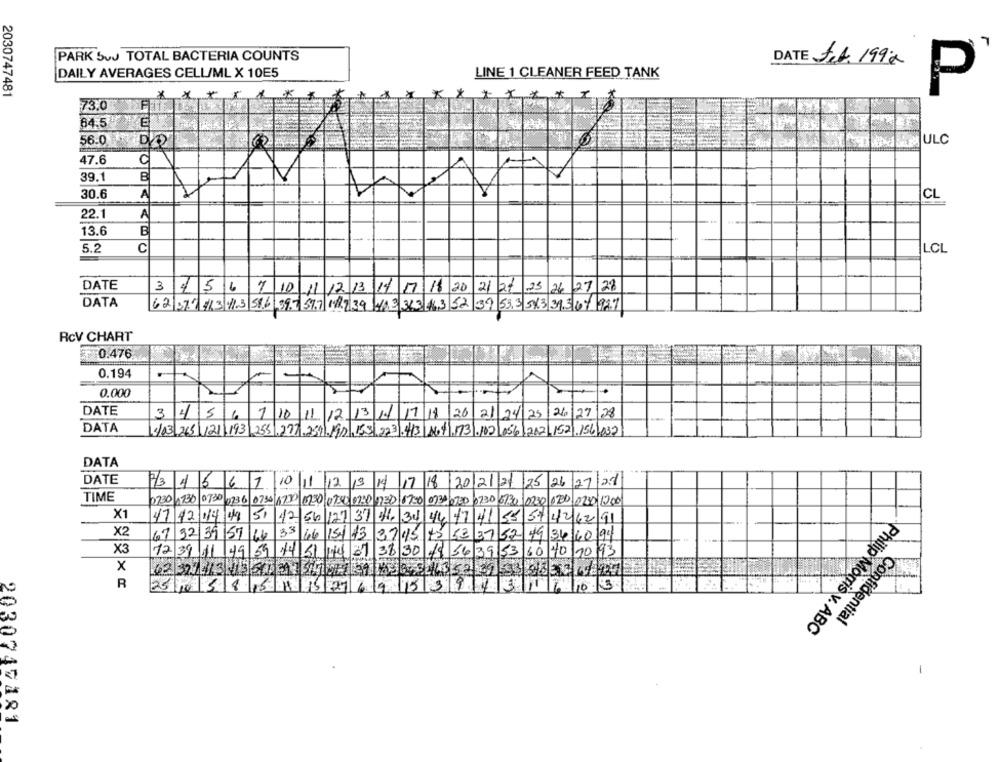
PARK SuJ TOTAL BACTERIA COUNTS
DATE f.4. 199a
DAILY AVERAGES CELL/ML X 10E5
LINE 1 CLEANER FEED TANK
*
2030747481
P
73.0
64.5
E
56.0
DVD
ULC
47.6
B
39.1
30.6
A
A
CL
A
22.1
13.6
B
5.2
C
LCL
DATE
3 4 5 67 10 11 12 13 14 17 18 20 21 21 25 26 27 28
DATA
62 279413 11.3 586 397 59.7 187 39 NO3 313 463 52 39 53.3 51.3 39.5 67 92.7
RCV CHART
0.476
0.194
0.000
DATE
3 4 5 6 7 10 11 12 13 1/ 17 18 20 21 24 25 26 27 28
DATA
4/03/26511211193 255.277.2541.197.153/.223.413 14.4.173.102/056/212.152.156.037
DATA
DATE
7/3 4 5 6 7 10 11 12 13 14 17
18
20/2/21
25
26 27/28
TIME
0230 0130 07:30 02.36 0730 1730 8230 07.30 8230 1231 8700 073
10230 030 0230 1200
X1
47 12 014 44
51/12/66/127 37 41, 34 44 474
57426291
X2
67 32 39 57 140 33 66 151 73
3245
49 34/10/94
X3
12 39 11 |49 59 14 51 14 37 38 30 .
56 39 53 60 70 10 93
x
62 371413 1351 319519 919 29 759845546352
R
25/10 5 8 15 48 15 27
10.3
11
Confidential
Philip Morris v. ABC
-
2030742181